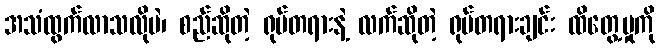
အသံထွက်လာသလိုပဲ၊ စည်ဆိုတဲ့ ရုပ်တရားနဲ့ လက်ဆိုတဲ့ ရုပ်တရားချင်း ထိတွေ့မှုကို